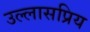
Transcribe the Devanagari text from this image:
उल्लासप्रिय